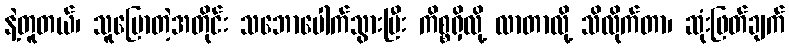
နဲ့တူတယ်၊ သူပြောတဲ့အတိုင်း သဘောပေါက်သွားပြီး ကိစ္စရှိလို့ လာတာလို့ သိလိုက်တာ၊ ဆုံးဖြတ်ချက်